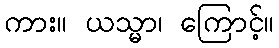
ကား။ ယသ္မာ၊ ကြောင့်။